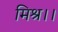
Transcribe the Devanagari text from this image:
मिश्र।।